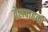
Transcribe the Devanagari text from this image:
तेलवाहक